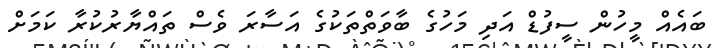
ބައެއް މީހުން ސީފުޑް އަދި މަހުގެ ބާވަތްތަކުގެ އަސާރަ ވެސް ތައްޔާރުކުރާ ކަމަށް